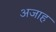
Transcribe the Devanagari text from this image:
अजाह